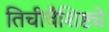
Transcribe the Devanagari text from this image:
तिचीवैशिष्ट्ये